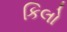
કિલો